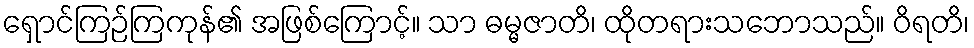
ရှောင်ကြဉ်ကြကုန်၏ အဖြစ်ကြောင့်။ သာ ဓမ္မဇာတိ၊ ထိုတရားသဘောသည်။ ဝိရတိ၊